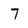
Character: 7